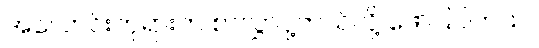
အလောင်းဘုရားက စာလွှာပို့တယ်လို့ ဖော်ပြပါတယ်။